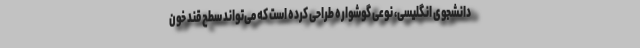
دانشجوی انگلیسی، نوعی گوشواره طراحی کرده است که می‌تواند سطح قند خون